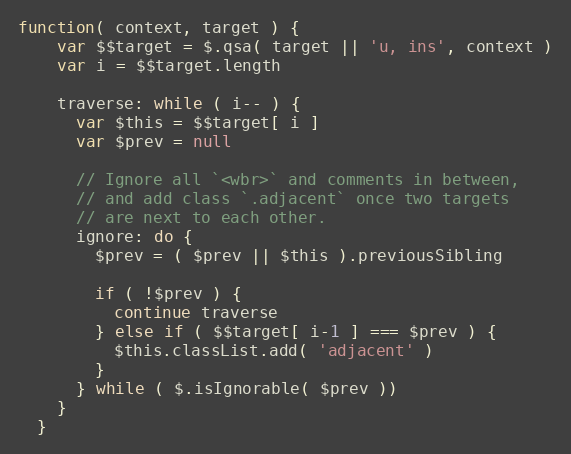
Language: JavaScript
function( context, target ) {
    var $$target = $.qsa( target || 'u, ins', context )
    var i = $$target.length

    traverse: while ( i-- ) {
      var $this = $$target[ i ]
      var $prev = null

      // Ignore all `<wbr>` and comments in between,
      // and add class `.adjacent` once two targets
      // are next to each other.
      ignore: do {
        $prev = ( $prev || $this ).previousSibling

        if ( !$prev ) {
          continue traverse
        } else if ( $$target[ i-1 ] === $prev ) {
          $this.classList.add( 'adjacent' )
        }
      } while ( $.isIgnorable( $prev ))
    }
  }